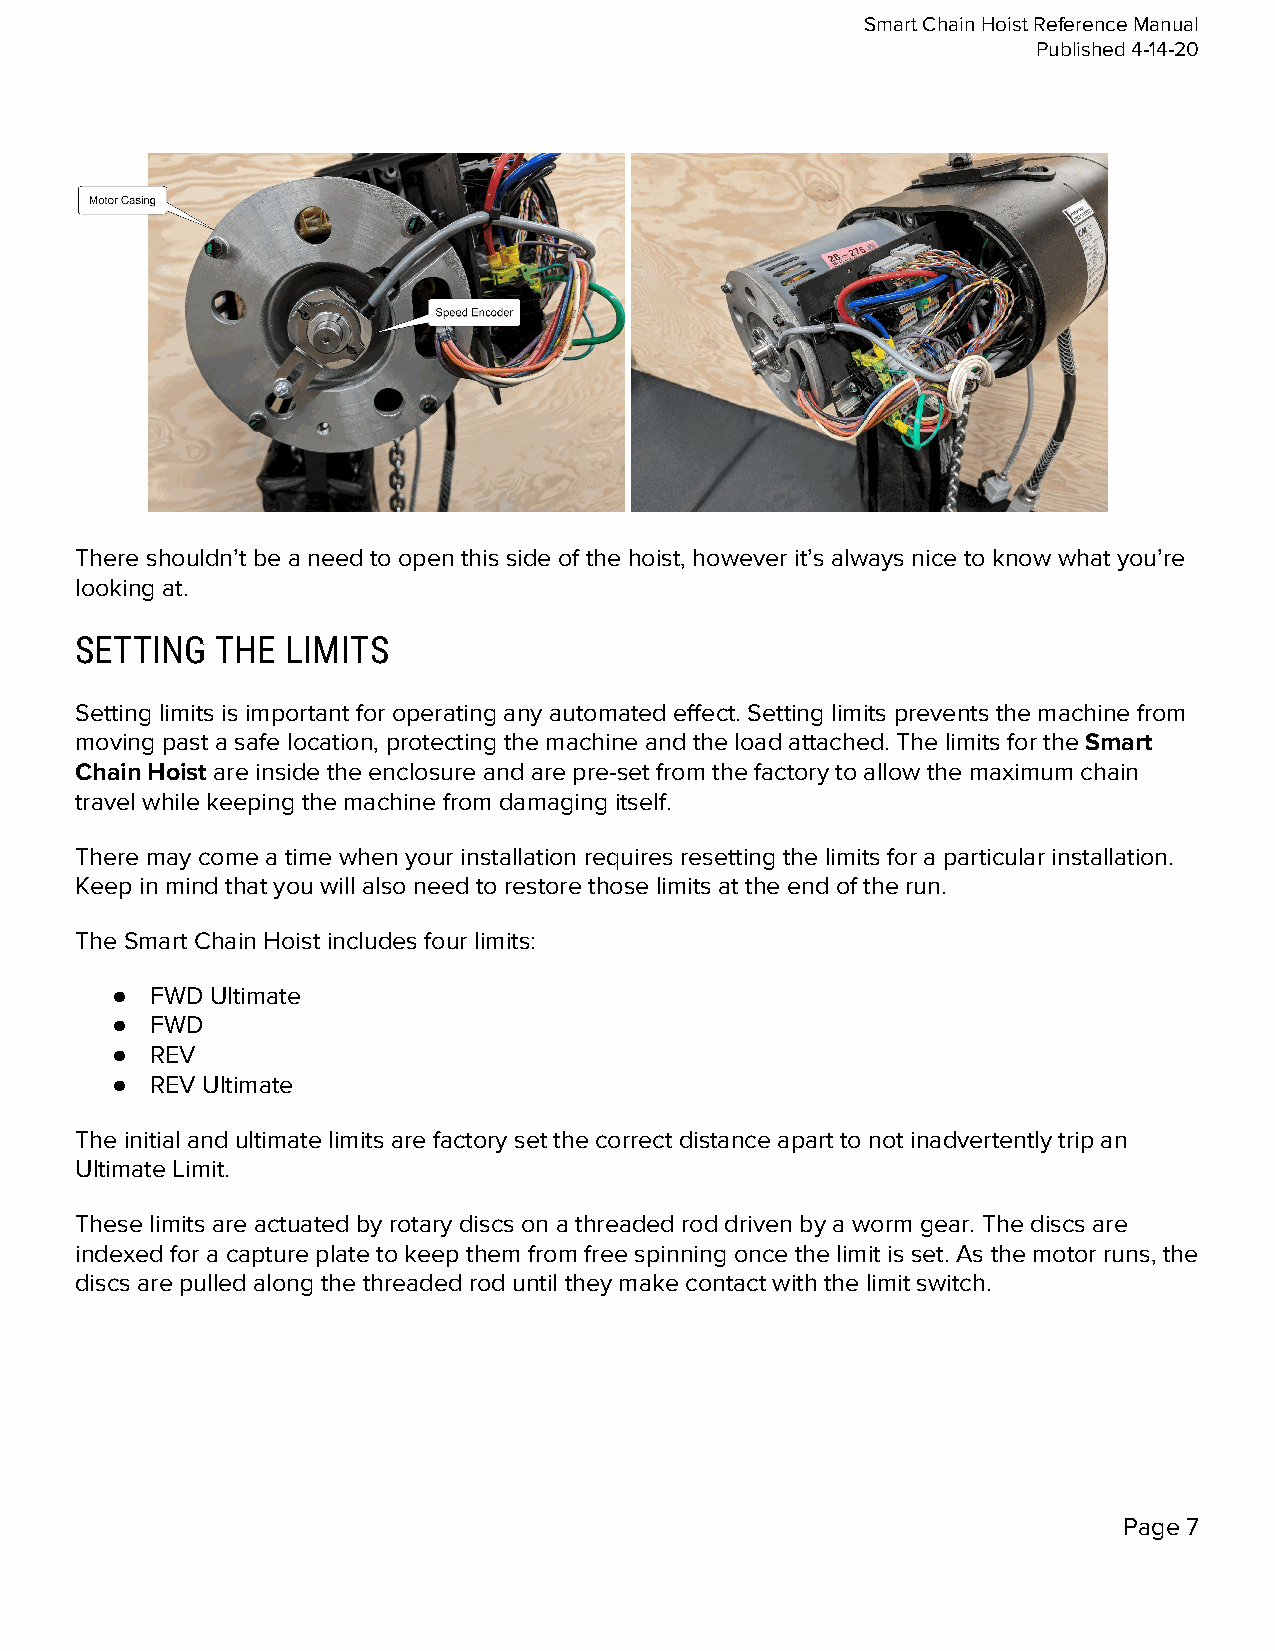
Smart Chain Hoist Reference Manual
 Published 4-14-20
 There shouldn’t be a need to open this side of the hoist, however it’s always nice to know what you’re
 looking at.
 SETTING  THE  LIMITS
 Setting limits is important for operating any automated effect. Setting limits prevents the machine from
 moving past a safe location, protecting the machine and the load attached. The limits for the Smart
 ​
 Chain Hoist are inside the enclosure and are pre-set from the factory to allow the maximum chain
 ​
 travel while keeping the machine from damaging itself.
 There may come a time when your installation requires resetting the limits for a particular installation.
 Keep in mind that you will also need to restore those limits at the end of the run.
 The Smart Chain Hoist includes four limits:
 ●  FWD Ultimate
 ●  FWD
 ●  REV
 ●  REV Ultimate
 The initial and ultimate limits are factory set the correct distance apart to not inadvertently trip an
 Ultimate Limit.
 These limits are actuated by rotary discs on a threaded rod driven by a worm gear. The discs are
 indexed for a capture plate to keep them from free spinning once the limit is set. As the motor runs, the
 discs are pulled along the threaded rod until they make contact with the limit switch.
 Page 7